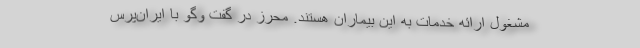
مشغول ارائه خدمات به این بیماران هستند. محرز در گفت وگو با ایران‌پرس